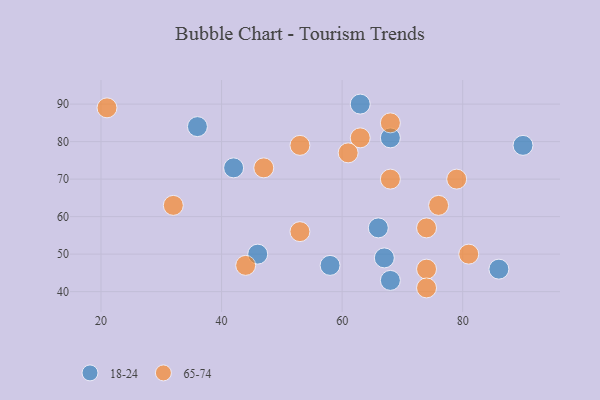
{"axis": {"x": "GDP", "y": "Life Expectancy"}, "legend": ["18-24", "65-74"], "data": [{"x": "68", "y": 43, "type": "18-24"}, {"x": "63", "y": 90, "type": "18-24"}, {"x": "66", "y": 57, "type": "18-24"}, {"x": "42", "y": 73, "type": "18-24"}, {"x": "46", "y": 50, "type": "18-24"}, {"x": "86", "y": 46, "type": "18-24"}, {"x": "58", "y": 47, "type": "18-24"}, {"x": "68", "y": 81, "type": "18-24"}, {"x": "67", "y": 49, "type": "18-24"}, {"x": "36", "y": 84, "type": "18-24"}, {"x": "90", "y": 79, "type": "18-24"}, {"x": "44", "y": 47, "type": "65-74"}, {"x": "81", "y": 50, "type": "65-74"}, {"x": "47", "y": 73, "type": "65-74"}, {"x": "32", "y": 63, "type": "65-74"}, {"x": "63", "y": 81, "type": "65-74"}, {"x": "53", "y": 79, "type": "65-74"}, {"x": "61", "y": 77, "type": "65-74"}, {"x": "74", "y": 46, "type": "65-74"}, {"x": "68", "y": 85, "type": "65-74"}, {"x": "76", "y": 63, "type": "65-74"}, {"x": "79", "y": 70, "type": "65-74"}, {"x": "68", "y": 70, "type": "65-74"}, {"x": "74", "y": 57, "type": "65-74"}, {"x": "74", "y": 41, "type": "65-74"}, {"x": "21", "y": 89, "type": "65-74"}, {"x": "53", "y": 56, "type": "65-74"}]}